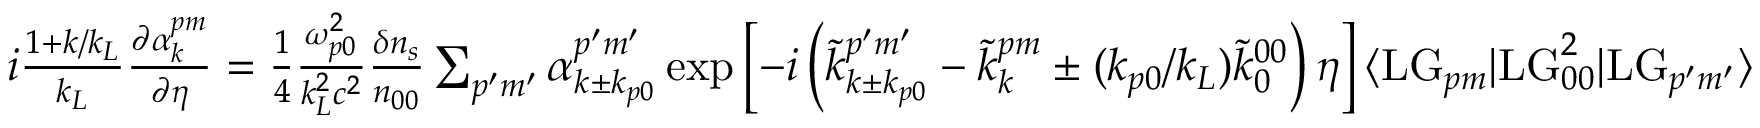
\begin{array} { r l } & { i \frac { 1 + k / k _ { L } } { k _ { L } } \frac { \partial \alpha _ { k } ^ { p m } } { \partial \eta } = \frac { 1 } { 4 } \frac { \omega _ { p 0 } ^ { 2 } } { k _ { L } ^ { 2 } c ^ { 2 } } \frac { \delta n _ { s } } { n _ { 0 0 } } \sum _ { p ^ { \prime } m ^ { \prime } } \alpha _ { k \pm k _ { p 0 } } ^ { p ^ { \prime } m ^ { \prime } } \exp \left[ - i \left( \tilde { k } _ { k \pm k _ { p 0 } } ^ { p ^ { \prime } m ^ { \prime } } - \tilde { k } _ { k } ^ { p m } \pm ( k _ { p 0 } / k _ { L } ) \tilde { k } _ { 0 } ^ { 0 0 } \right) \eta \right] \langle \mathrm { L G } _ { p m } | \mathrm { L G } _ { 0 0 } ^ { 2 } | \mathrm { L G } _ { p ^ { \prime } m ^ { \prime } } \rangle } \end{array}